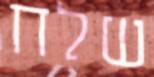
שלח